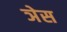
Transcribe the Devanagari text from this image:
ञेस